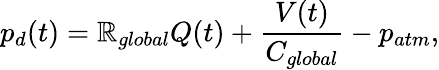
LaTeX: p_{d}(t)=\mathbb{R}_{global}Q(t)+\frac{{V(t)}}{{C_{global}}}-p_{atm},